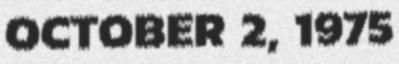
OCTOBER 2, 1975